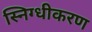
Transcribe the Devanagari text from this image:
स्निग्धीकरण